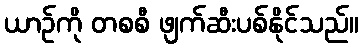
ယာဉ်ကို တစစီ ဖျက်ဆီးပစ်နိုင်သည်။